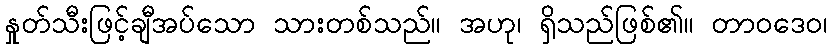
နှုတ်သီးဖြင့်ချီအပ်သော သားတစ်သည်။ အဟု၊ ရှိသည်ဖြစ်၏။ တာဝဒေဝ၊